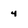
Character: 4